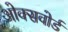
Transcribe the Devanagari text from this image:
ओक्सवोर्ड